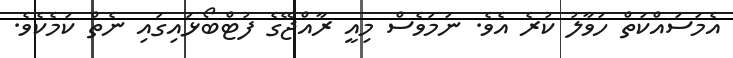
އެމަސައްކަތް ހަވާލު ކުރެ އެވެ. ނަމަވެސް މިއީ ރާއްޖޭގެ ފުޓްބޯޅައިގައި ނެތް ކަމެކެވެ.